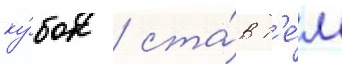
ку́бок / ста́в т'е́м